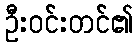
ဦးဝင်းတင်၏